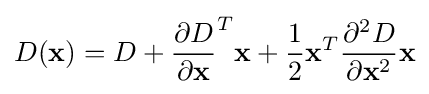
D({\textbf {x}})=D+{\frac {\partial D}{\partial {\textbf {x}}}}^{T}{\textbf {x}}+{\frac {1}{2}}{\textbf {x}}^{T}{\frac {\partial ^{2}D}{\partial {\textbf {x}}^{2}}}{\textbf {x}}